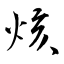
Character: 烗